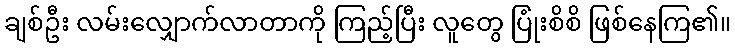
ချစ်ဦး လမ်းလျှောက်လာတာကို ကြည့်ပြီး လူတွေ ပြုံးစိစိ ဖြစ်နေကြ၏။